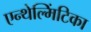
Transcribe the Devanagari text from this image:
एन्थेल्मिंटिका